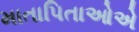
માતાપિતાઓએ